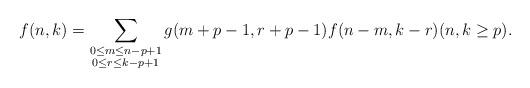
LaTeX: \begin{align*} f(n,k)=\sum_{\substack{0\leq m \leq n-p+1 \\ 0 \leq r \leq k-p+1}} g(m+p-1,r+p-1)f(n-m,k-r) (n,k\geq p). \end{align*}